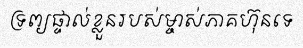
ទ្រព្យផ្ទាល់ខ្លួនរបស់ម្ចាស់ភាគហ៊ុនទេ